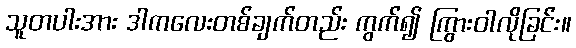
သူတပါးအား ဒါကလေးတစ်ချက်တည်း ကွက်၍ ကြွားဝါလိုခြင်း။